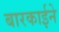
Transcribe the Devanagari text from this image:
बारकार्इने